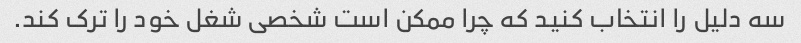
سه دلیل را انتخاب کنید که چرا ممکن است شخصی شغل خود را ترک کند.